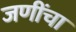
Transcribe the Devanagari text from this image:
जणींचा